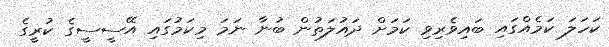
ކަހަލަ ކަމެއްގައި ބައިވެރިވި ކަމަށް ދައުލަތުން ބުނާ ނަމަ މިކަމުގައި އޭސީސީގެ ކުރީގެ